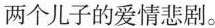
两个儿子的爱情悲剧。